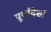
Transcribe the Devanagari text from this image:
पूर्वादेशों